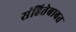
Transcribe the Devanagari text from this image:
संहितेबाबत